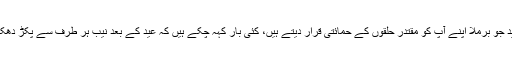
اب شیخ رشید جو برملا اپنے آپ کو مقتدر حلقوں کے حمائتی قرار دیتے ہیں، کئی بار کہہ چکے ہیں کہ عید کے بعد نیب ہر طرف سے پکڑ دھکڑ کرے گی۔